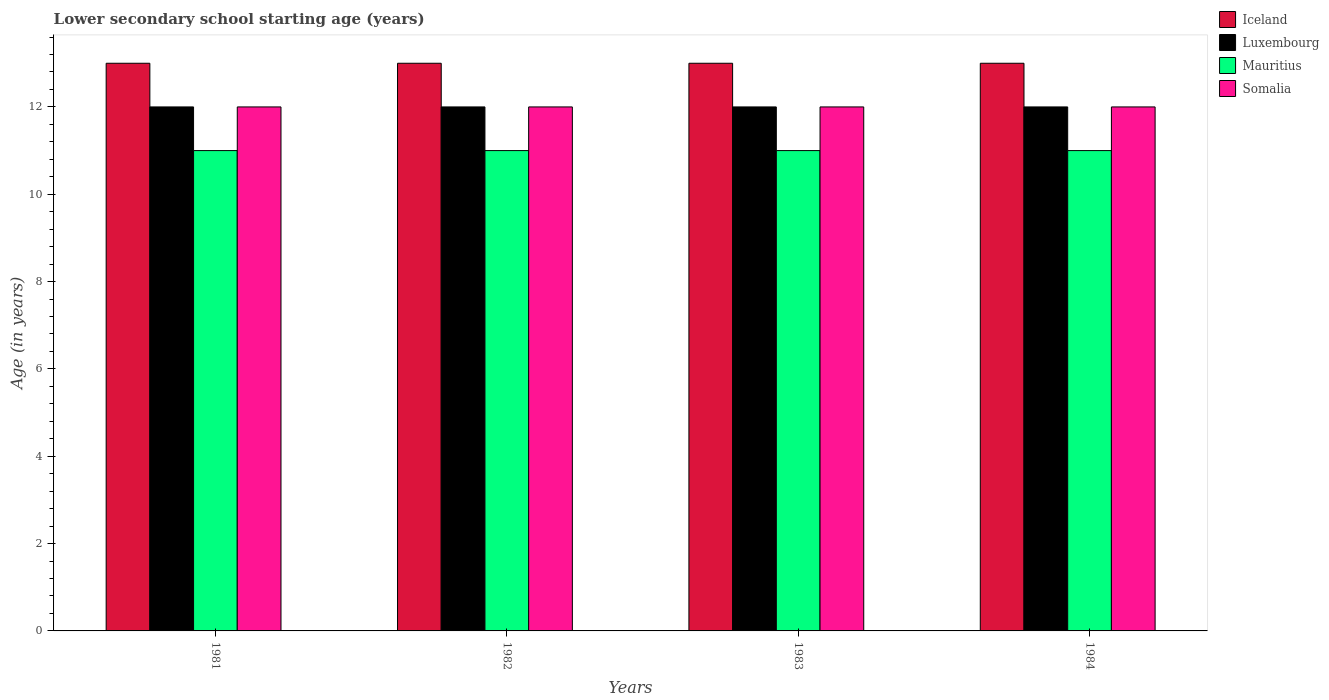
| Years | Iceland | Luxembourg | Mauritius | Somalia |
 | --- | --- | --- | --- | --- |
 | 1981 | 13 | 12 | 11 | 12 |
 | 1982 | 13 | 12 | 11 | 12 |
 | 1983 | 13 | 12 | 11 | 12 |
 | 1984 | 13 | 12 | 11 | 12 |